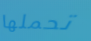
تحملها